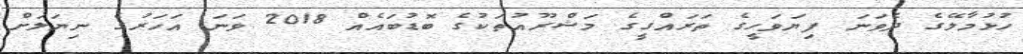
ހުޅުމާލޭގެ ދެވަނަ ފިޔަވަހީގެ ތަރައްގީގެ މަޝްރޫއުތަކުގެ ބޮޑުބައެއް 2018 ވަނަ އަހަރުގެ ނިޔަލަށް